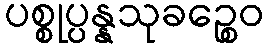
ပစ္စုပ္ပန္နသုခဉ္စေဝ